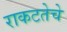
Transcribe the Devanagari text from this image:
राकटतेचे